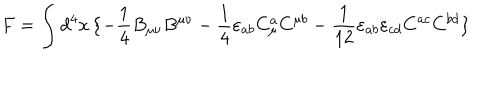
LaTeX: F = \int d ^ { 4 } x \, \{ - \frac { 1 } { 4 } B _ { \mu \nu } B ^ { \mu \nu } - \frac { 1 } { 4 } \varepsilon _ { a b } C _ { \mu } ^ { a } C ^ { \mu b } - \frac { 1 } { 1 2 } \varepsilon _ { a b } \varepsilon _ { c d } C ^ { a c } C ^ { b d } \}